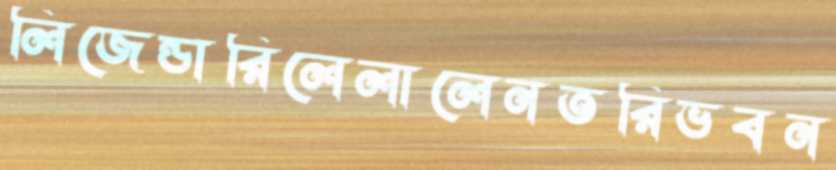
লিজেন্ডারিলেলালেনতরিভবন